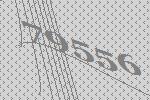
79556